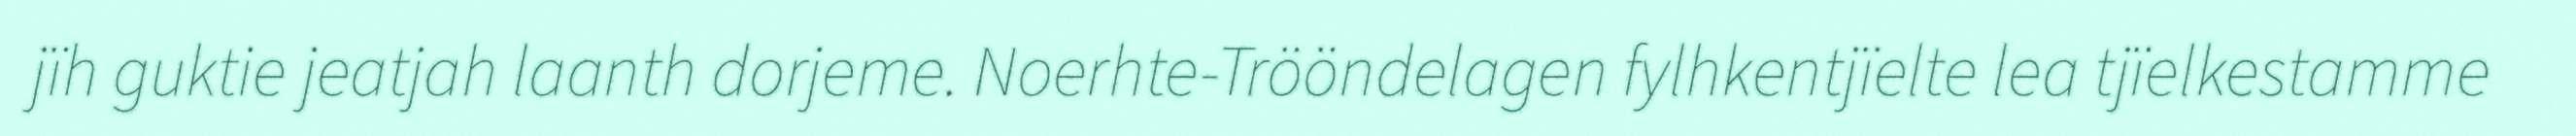
jïh guktie jeatjah laanth dorjeme. Noerhte-Trööndelagen fylhkentjïelte lea tjïelkestamme